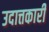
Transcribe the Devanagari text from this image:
उदात्तकारी